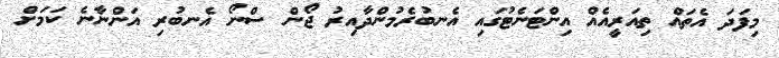
މިފަދަ އެތައް ތިއަރީއެއް އިންޓަނެޓުގައި އެނބުރެމުންދާއިރު ޖޯން ސްނޯ އެނބުރި އަންނާނެ ކަމަށް